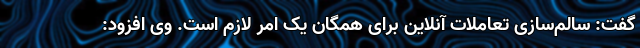
گفت: سالم‌سازی تعاملات آنلاین برای همگان یک امر لازم است. وی افزود: